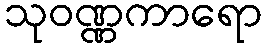
သုဝဏ္ဏကာရော